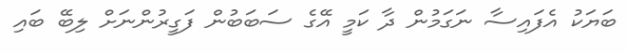
ބަޔަކު އެފައިސާ ނަގަމުން ދާ ކަމީ އޭގެ ސަބަބުން ފަގީރުންނަށް ލިބޭ ބައި